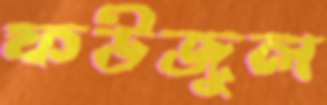
ফউজুল